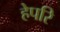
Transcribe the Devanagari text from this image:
हेपरि